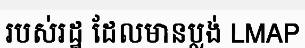
របស់រដ្ឋ ដែលមានប្លង់ LMAP